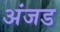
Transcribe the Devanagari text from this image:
अंजड